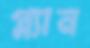
প্ল্যান